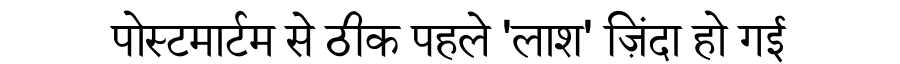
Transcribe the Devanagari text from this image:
पोस्टमार्टम से ठीक पहले 'लाश' ज़िंदा हो गई